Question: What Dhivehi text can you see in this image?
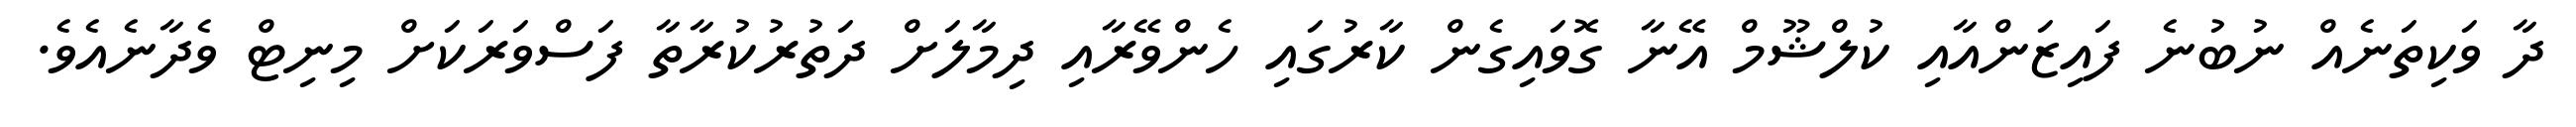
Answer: ދާ ވަކިތަނެއް ނުބުނެ ފައިޒަންއާއި ކުލްޝޫމް އޭނާ ގޮވައިގެން ކާރުގައި ހެންވޭރާއި ދިމާލަށް ދަތުރުކުރާތާ ފަސްވަރަކަށް މިނިޓް ވެދާނެއެވެ.